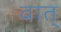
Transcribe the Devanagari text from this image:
वात्